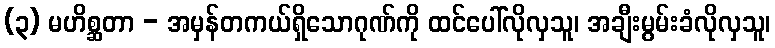
(၃) မဟိစ္ဆတာ - အမှန်တကယ်ရှိသောဂုဏ်ကို ထင်ပေါ်လိုလှသူ၊ အချီးမွမ်းခံလိုလှသူ၊